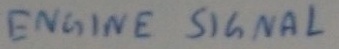
Text: ENGINE SIGNAL